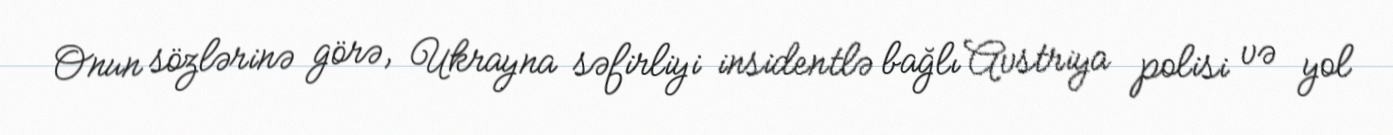
Onun sözlərinə görə, Ukrayna səfirliyi insidentlə bağlı Avstriya polisi və yol